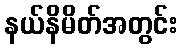
နယ်နိမိတ်အတွင်း